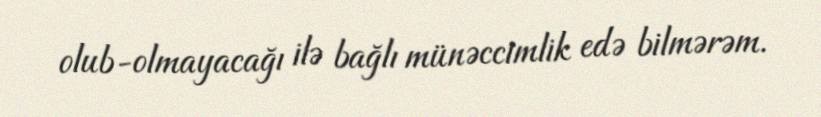
olub-olmayacağı ilə bağlı münəccimlik edə bilmərəm.